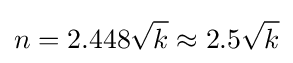
n=2.448{\sqrt {k}}\approx 2.5{\sqrt {k}}